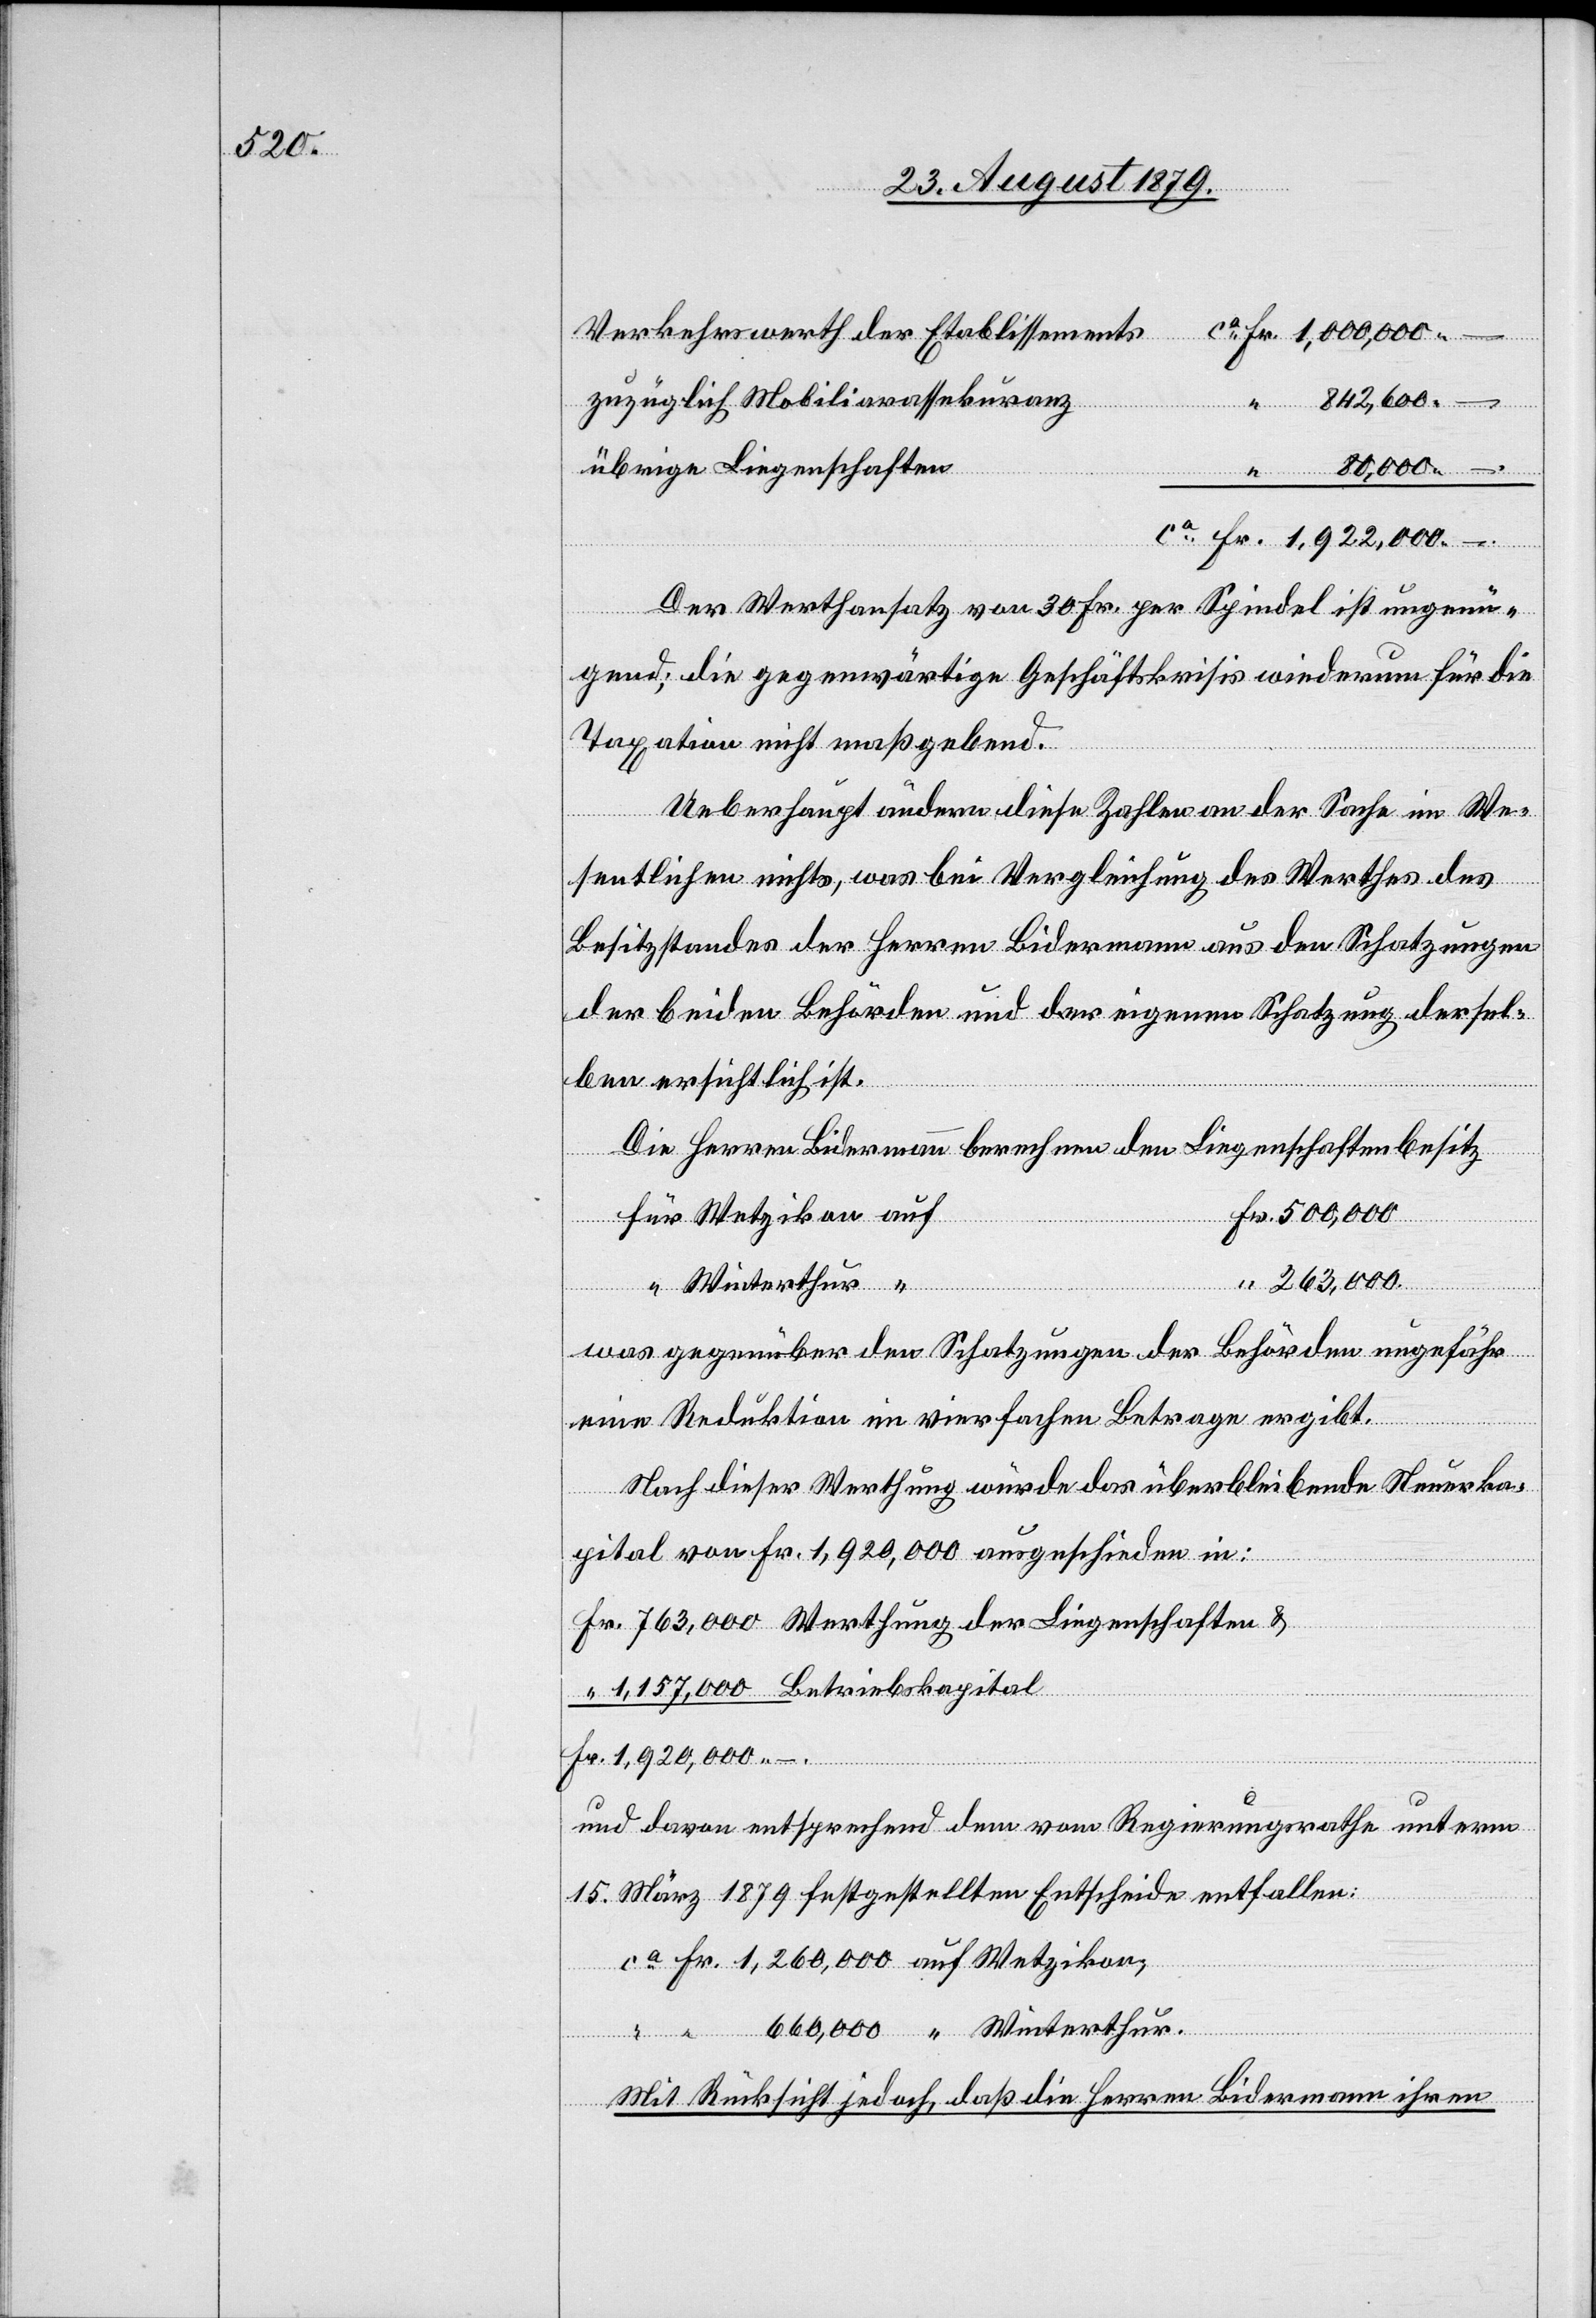
Verkehrswerth der Etablissements
schaften
zuzüglich Mobiliarassekuranz
842,600 –.
übrige Liegenschaften
80,000 –.
–.
Der Werthansatz von 30 Fr. per Spindel ist ungenü¬
gend; die gegenwärtige Geschäftskrisis wiederum für die
Taxation nicht maßgebend.
Ueberhaupt ändern diese Zahlen an der Sache im We¬
der
sentlichen nichts, was bei Vergleichung des Werthes des
Besitzstandes der Herren Bidermann aus den Schatzungen
der beiden Behörden und der eigenen Schatzung dersel¬
ben ersichtlich ist.
Die Herren Bidermann berechnen den Liegenschaftenbesitz
&
“
für Wetzikon auf
763,000
Betriebskapital
“ Winterthur “
was gegenüber den Schatzungen der Behörden ungefähr
eine Reduktion im vierfachen Betrage ergibt.
Nach dieser Werthung würde das überbleibende Steuerka¬
pital von Fr. 1,920,000 ausgeschieden in:
und davon entsprechend dem vom Regierungsrathe unterm
15. März 1879 festgestellten Entscheide entfallen:
ca Fr. 1,260,000 auf Wetzikon,
“ “ 660,000 “ Winterthur.
Mit Rücksicht jedoch, daß die Herren Bidermann ihren